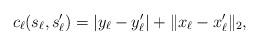
LaTeX: \begin{align*} c_{\ell}(s_\ell, s_\ell') = | y_\ell - y_\ell'| + \| x_{\ell} - x_\ell' \|_{2} ,\end{align*}